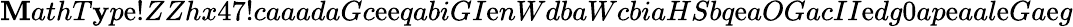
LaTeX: \mathbf{M}athT\mathbf{y}p\mathrm{e}!ZZhx47!caaadaGc\mathrm{e}\mathrm{e}qabiGI\mathrm{e}nWdbaWcbiaHSbq\mathrm{e}aOGacII\mathrm{e}dg0ap\mathrm{e}aal\mathrm{e}Ga\mathrm{e}g